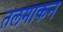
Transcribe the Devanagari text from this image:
तलमाकन